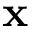
\mathbf { x }